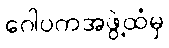
ဂေါပကအဖွဲ့ထံမှ